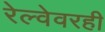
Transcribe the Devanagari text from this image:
रेल्वेवरही